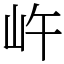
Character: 㞰